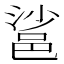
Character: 䣉